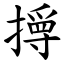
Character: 㩊